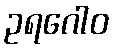
ဥရဂေါဝ